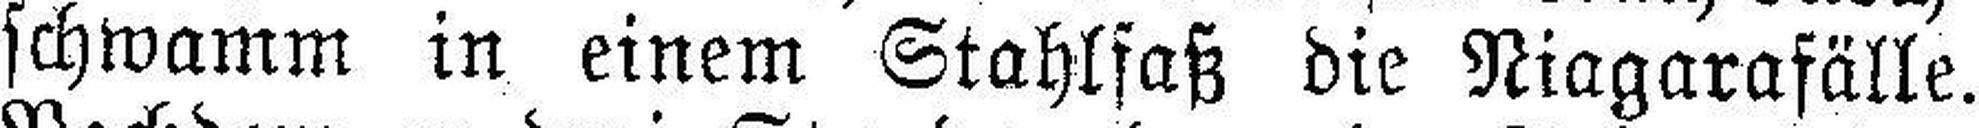
schwamm in einem Stahlfaß die Niagarafälle.